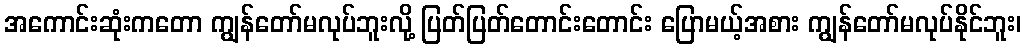
အကောင်းဆုံးကတော ကျွန်တော်မလုပ်ဘူးလို့ ပြတ်ပြတ်တောင်းတောင်း ပြောမယ့်အစား ကျွန်တော်မလုပ်နိုင်ဘူး၊